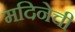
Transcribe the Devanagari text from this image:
मदिनेची